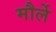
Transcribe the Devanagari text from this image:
मौर्ले